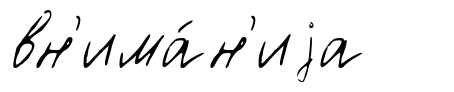
вн'има́н'иjа